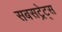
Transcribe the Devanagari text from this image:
सबसट्रेट्स